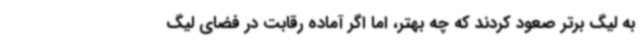
به لیگ برتر صعود کردند که چه بهتر، اما اگر آماده رقابت در فضای لیگ